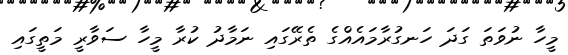
މީހާ ނުވަތަ ގަދަ ހަނގުރާމައެއްގެ ތެރޭގައި ނަމާދު ކުރާ މީހާ ސަވާރީ މަތީގައި